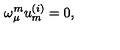
\omega _ { \mu } ^ { { m } } u _ { { m } } ^ { { ( i ) } } = 0 ,